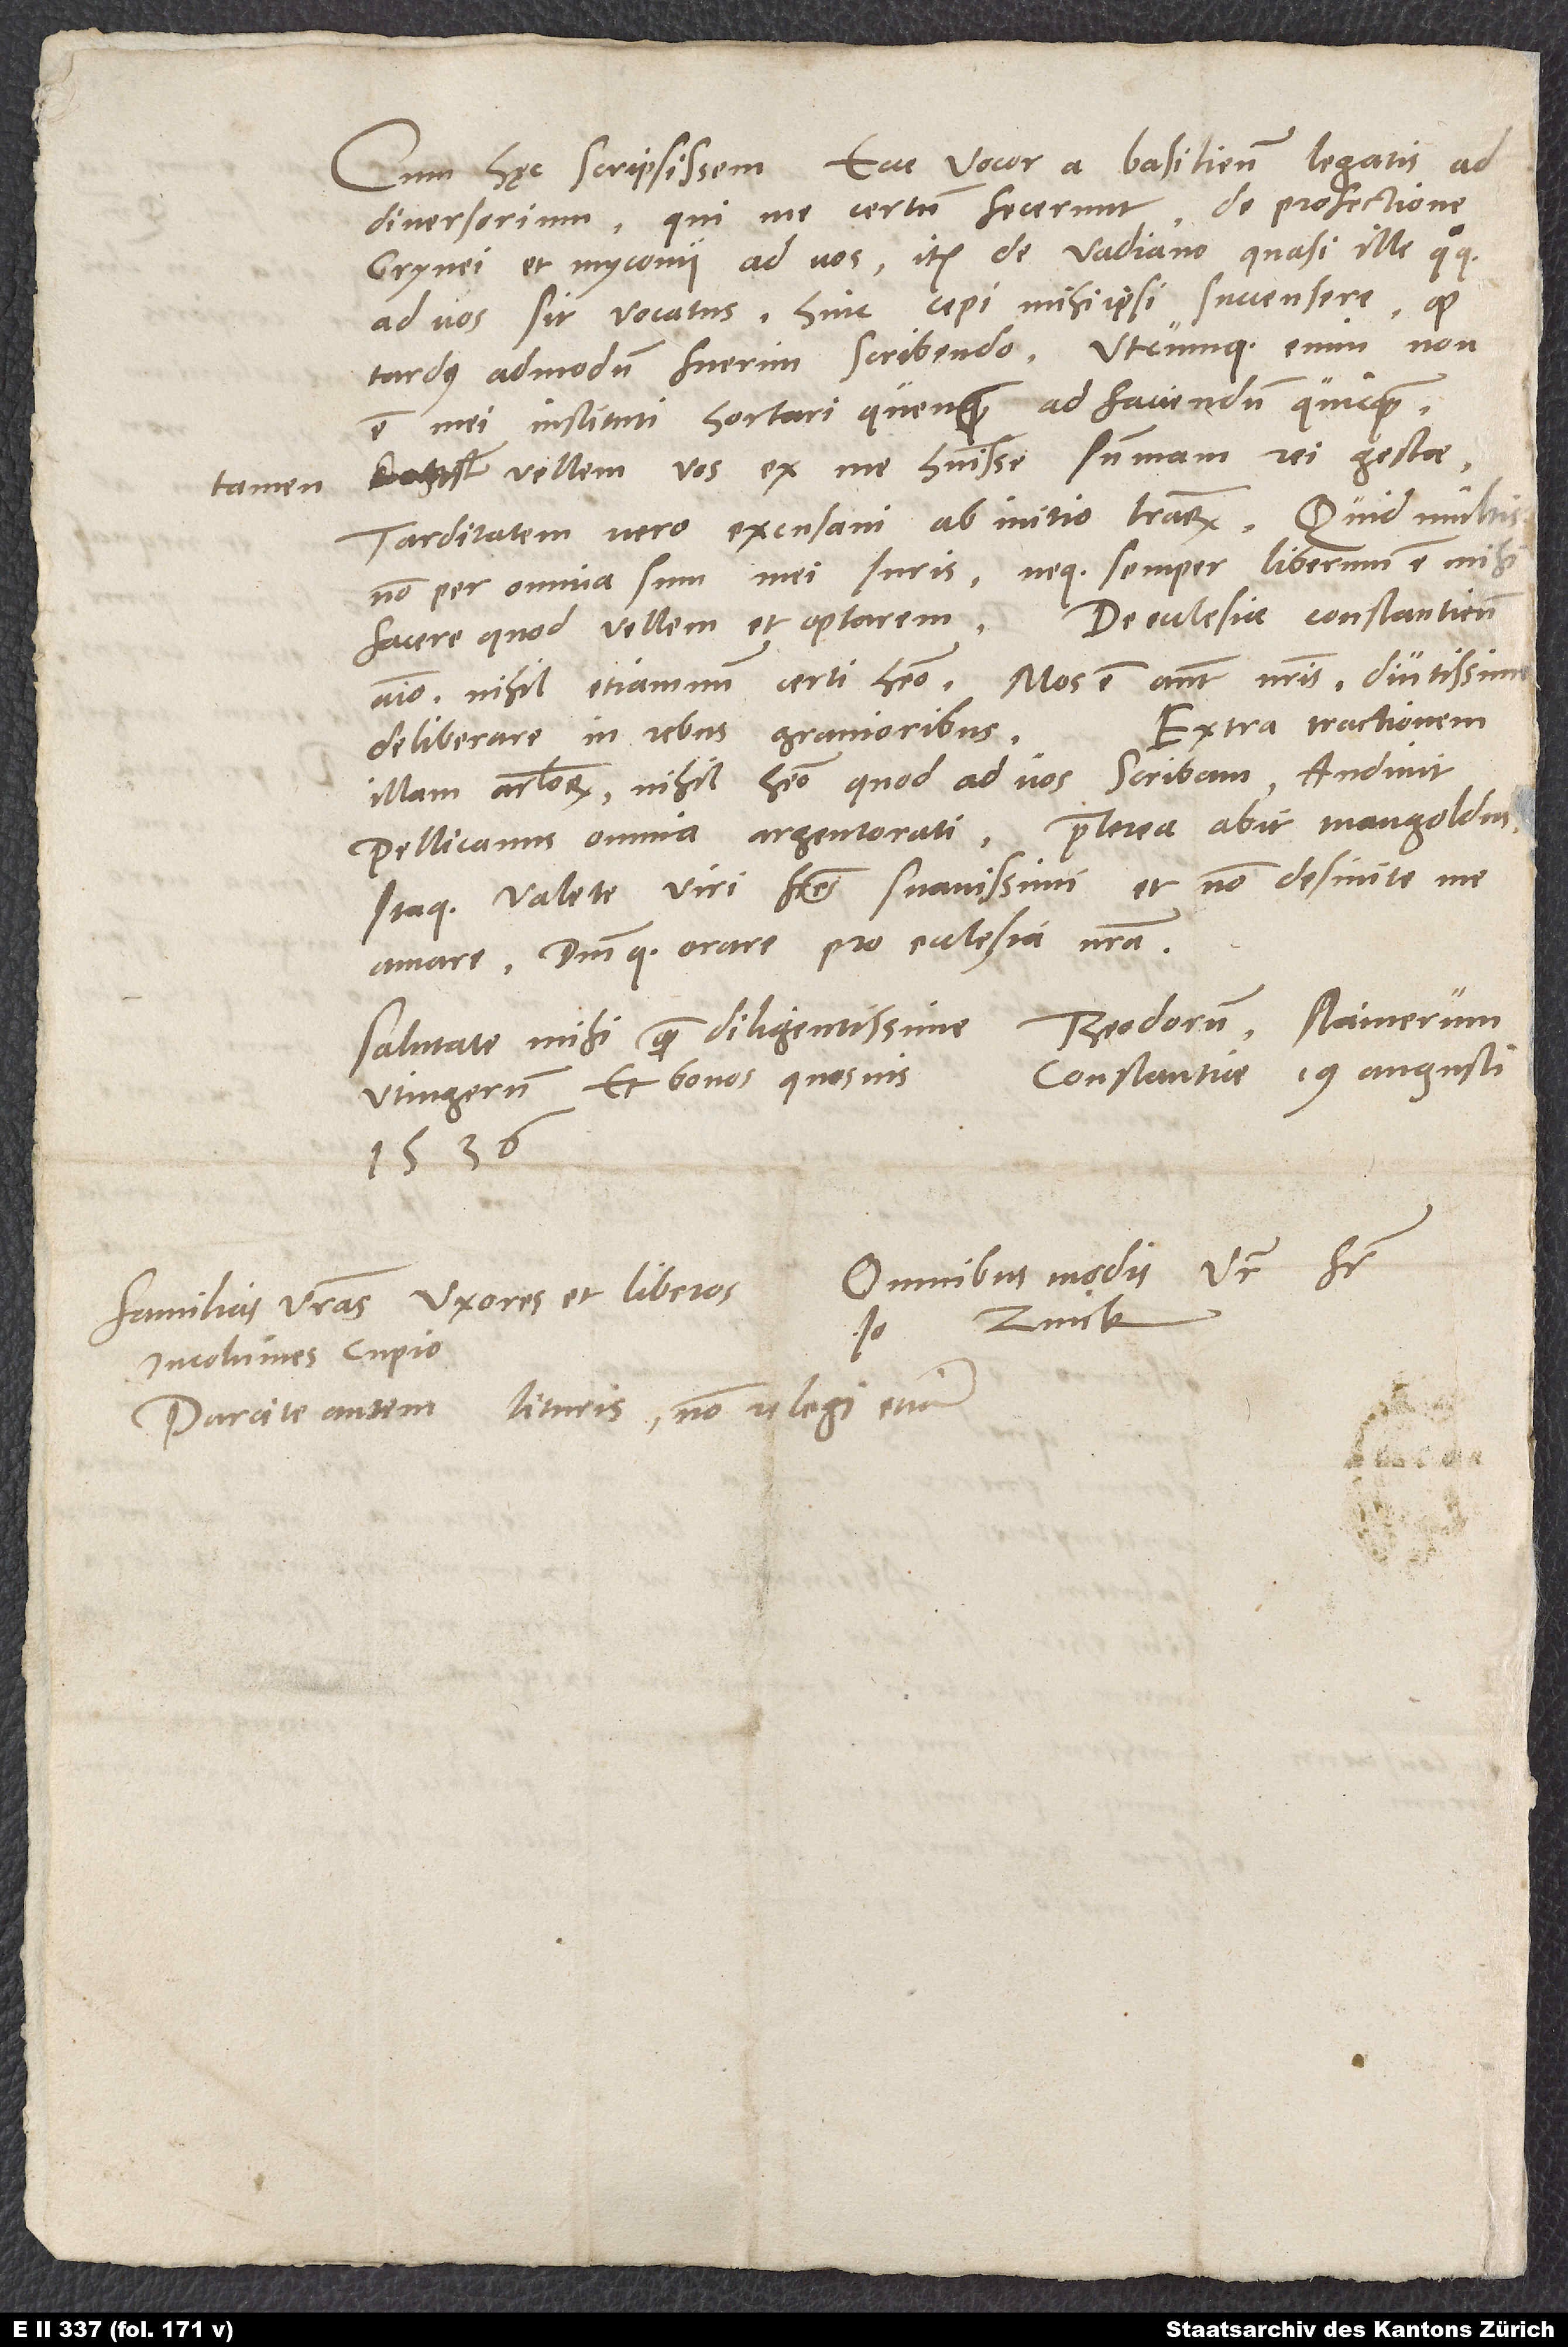
Cum hęc scripsissem, ecce, vocor a Basilien legatis ad
diversorium, qui me certum fecerunt de profectione
Grynei et Myconii ad vos, item de Vadiano, quasi ille quoque
ad vos sit vocatus. Hinc cepi mihi ipsi succensere, quod
tardus admodum fuerim scribendo. Utcumque enim non
est mei instituti hortari quenquam ad faciendum quicquam,
vellem vos ex me habuisse summam rei gestae.
Tarditatem vero excusavi ab initio literarum. Quid multis?
Non per omnia sum mei iuris, necque semper liberum est mihi
animo nihil etiamnum certi habeo. Mos est autem nostris diutissime
Extra tractationem
deliberare in rebus gravioribus.
illam articulorum nihil habeo, quod ad vos scribam. Audivit
praeterea abit Mangoldus.
Pellicanus omnia Argentorati;
Itaque valete, viri fratres suavissimi, et non desinite me
amare dominumque orare pro ecclesia nostra.
Salutate mihi quam diligentissime Theodorum, Stainerum,
Constantiae, 19. augusti
Uttingerum et bonos quosvis.
1536.
Omnibus modis vester frater
Familias vestras, uxores et liberos
Io. Zvick.
incolumes cupio.
Parcite autem lituris; non relegi enim.